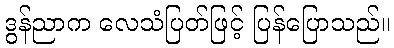
ဒွန်ညာက လေသံပြတ်ဖြင့် ပြန်ပြောသည်။